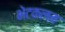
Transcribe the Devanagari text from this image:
भेटकलम